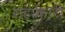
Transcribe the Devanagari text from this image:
सहाकारी